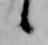
候